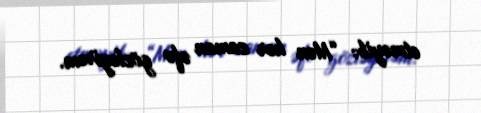
etməyib: “Mən hər zaman əfv gözləyirəm.